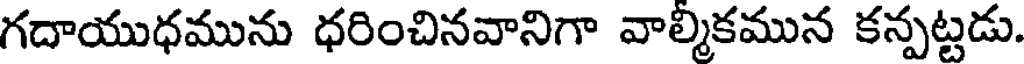
గదాయుధమును ధరించినవానిగా వాల్మికమున కన్పట్టడు.